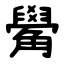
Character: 觷